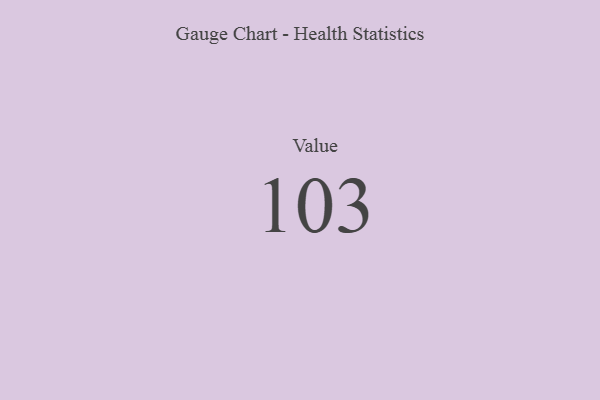
{"axis": {"x": "Metric", "y": "Value"}, "legend": [""], "data": [{"x": "Value", "y": 103, "type": ""}]}